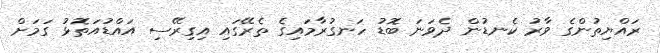
ރައްޔިތުންގެ ވާރު ކެނޑުން ދެވަނަ ބޮޑު ހަނގުރާމައިގެ ތެރޭގައި އިގިރޭސި އައްޑުއަތޮޅު ގަމަށް